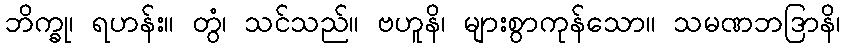
ဘိက္ခု၊ ရဟန်း။ တွံ၊ သင်သည်။ ဗဟူနိ၊ များစွာကုန်သော။ သမဏဘဒြာနိ၊